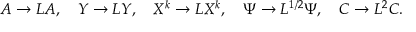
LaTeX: A \to L A , \quad Y \to L Y , \quad X ^ { k } \to L X ^ { k } , \quad \Psi \to L ^ { 1 / 2 } \Psi , \quad C \to L ^ { 2 } C .